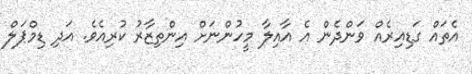
އެތައް ގަޑިއިރެއް ވަންދެން އެ އާއިލާ މީހުންނަށް އިންތިޒާރު ކުރިއެވެ. އަދި ޑިމްޕަލް